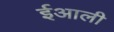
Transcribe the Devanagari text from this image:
ईआली